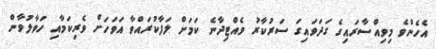
އެހެންވެ މިވިއްސާރައިގެ ގަދަވައިގަ ސަރުކާރު ވެއްޓިދާނެ ކަމަށް ލަފާކުރައްވާ އަވަހަށް ވެރިކަމާއި ހަވާލުވާން